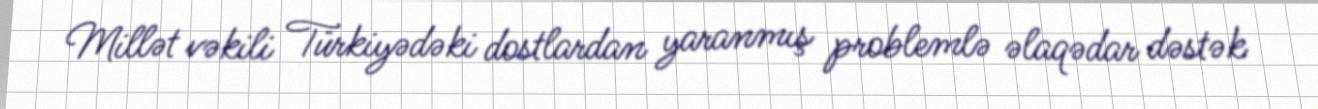
Millət vəkili Türkiyədəki dostlardan yaranmış problemlə əlaqədar dəstək